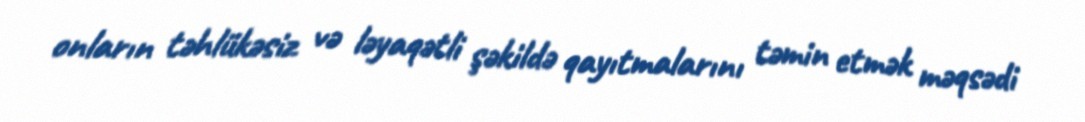
onların təhlükəsiz və ləyaqətli şəkildə qayıtmalarını təmin etmək məqsədi